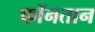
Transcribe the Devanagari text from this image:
फॉनतान